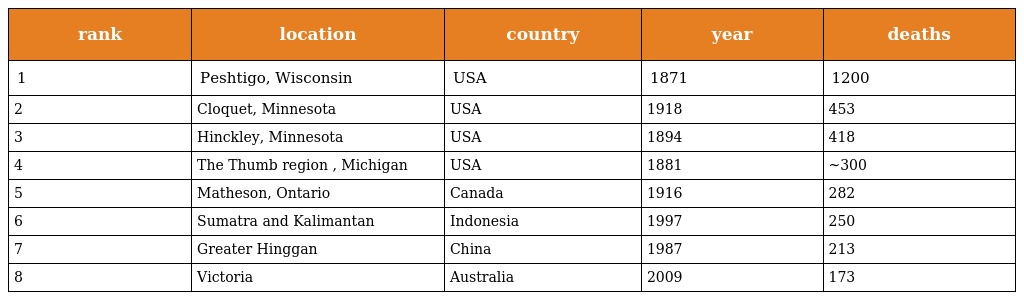
| rank | location | country | year | deaths |
 | --- | --- | --- | --- | --- |
 | 1 | Peshtigo, Wisconsin | USA | 1871 | 1200 |
 | 2 | Cloquet, Minnesota | USA | 1918 | 453 |
 | 3 | Hinckley, Minnesota | USA | 1894 | 418 |
 | 4 | The Thumb region , Michigan | USA | 1881 | ~300 |
 | 5 | Matheson, Ontario | Canada | 1916 | 282 |
 | 6 | Sumatra and Kalimantan | Indonesia | 1997 | 250 |
 | 7 | Greater Hinggan | China | 1987 | 213 |
 | 8 | Victoria | Australia | 2009 | 173 |